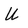
Character: U